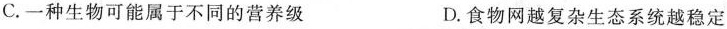
C.一种生物可能属于不同的营养级 D.食物网越复杂生态系统越稳定